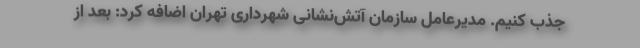
جذب کنیم. مدیرعامل سازمان آتش‌نشانی شهرداری تهران اضافه کرد: بعد از